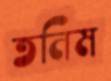
তনিম